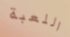
اللعبة